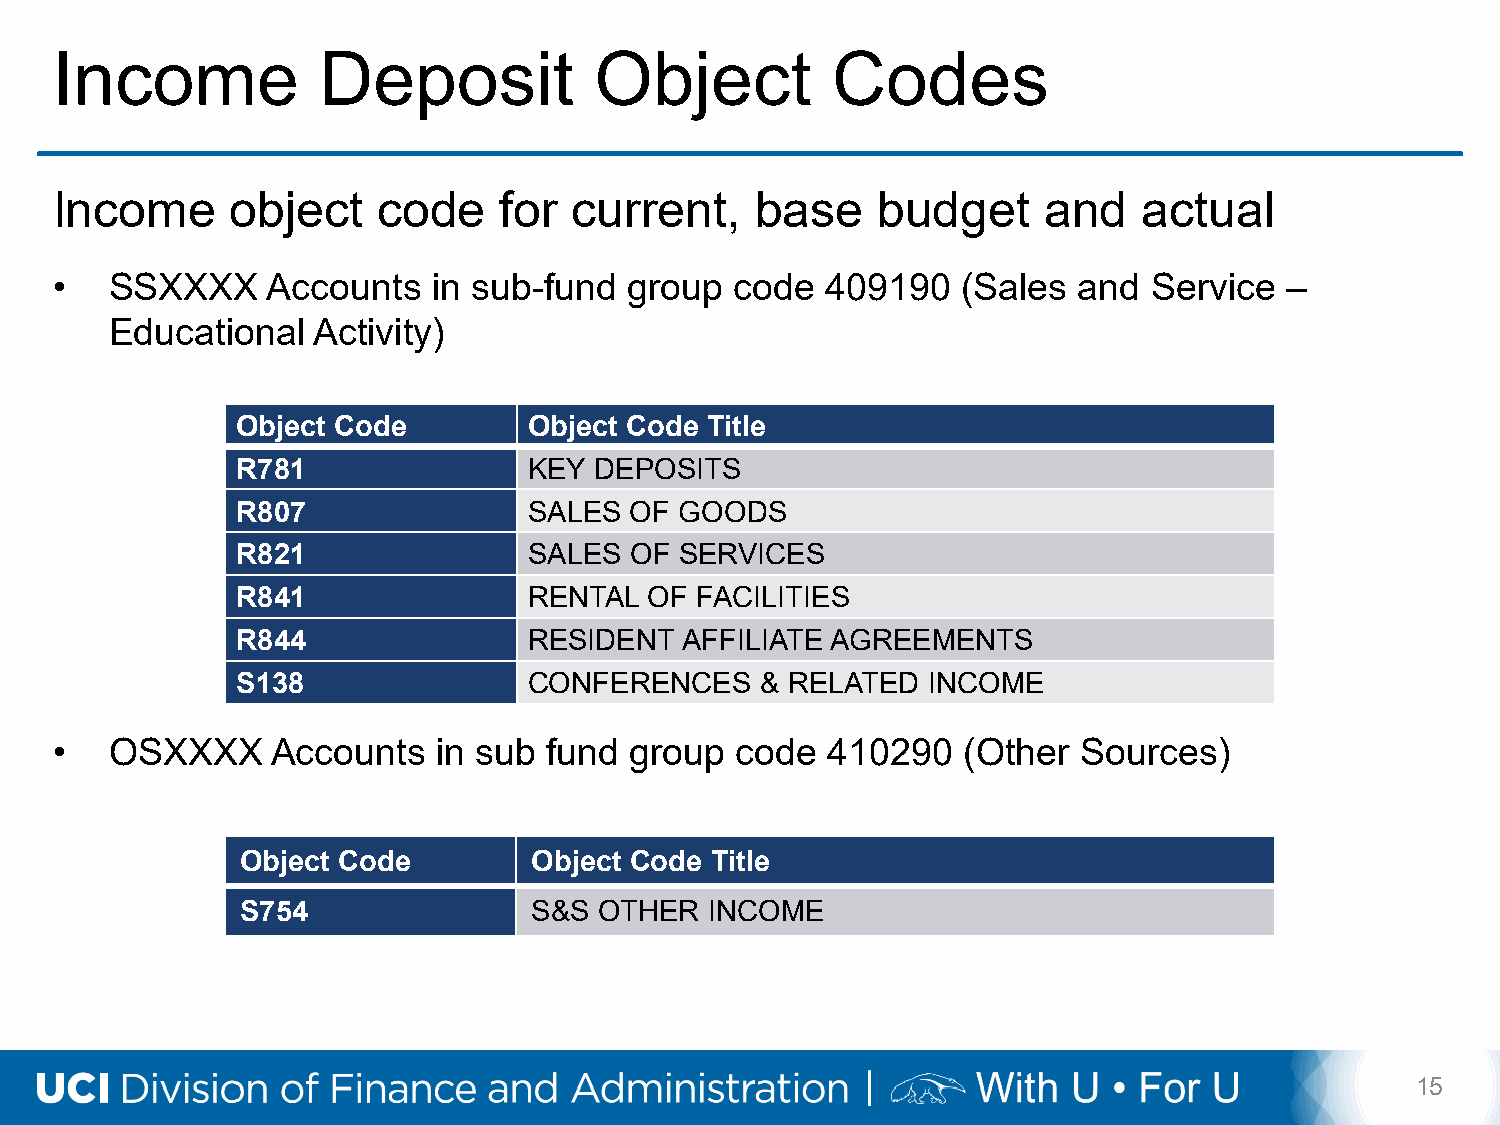
Income            Deposit           Object          Codes
 Income      object    code    for  current,    base    budget     and    actual
 •   SSXXXX     Accounts   in sub-fund  group  code  409190   (Sales and  Service  –
 Educational   Activity)
 Object Code        Object Code Title
 R781               KEY DEPOSITS
 R807               SALES  OF GOODS
 R821               SALES  OF SERVICES
 R841               RENTAL  OF FACILITIES
 R844               RESIDENT  AFFILIATE AGREEMENTS
 S138               CONFERENCES    & RELATED  INCOME
 •   OSXXXX     Accounts   in sub fund  group  code  410290   (Other  Sources)
 Object Code        Object Code Title
 S754               S&S  OTHER  INCOME
 15